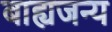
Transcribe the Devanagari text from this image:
बाह्यजन्य